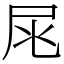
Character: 㞑